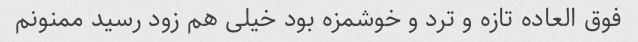
فوق العاده تازه و ترد و خوشمزه بود خیلی هم زود رسید ممنونم